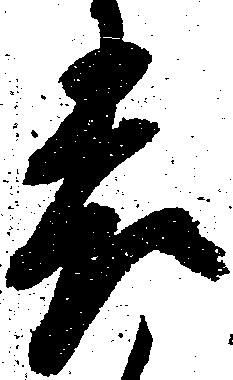
表